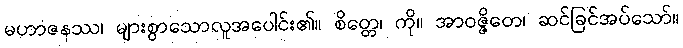
မဟာဇနဿ၊ များစွာသောလူအပေါင်း၏။ စိတ္တေ၊ ကို။ အာဝဇ္ဇိတေ၊ ဆင်ခြင်အပ်သော်။